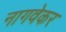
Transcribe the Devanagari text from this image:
नागवेकर